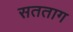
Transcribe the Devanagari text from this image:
सतताग